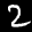
Label: 2